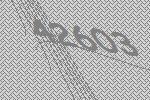
42603